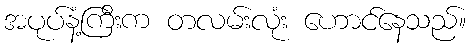
အပုပ်နံ့ကြီးက တလမ်းလုံး ဟောင်နေသည်။